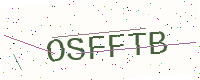
Text: OSFFTB